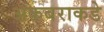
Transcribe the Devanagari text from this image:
अकबराकडे